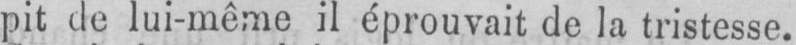
pit de lui-même il éprouvait de la tristesse.